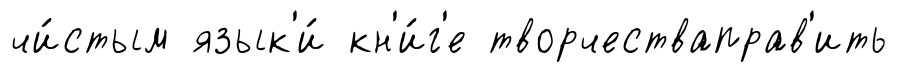
чи́стым язык'и́ кн'и́г'е творчестваправ'ить